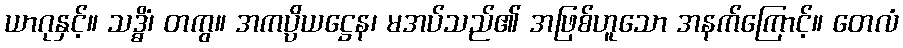
ယာဂုနှင့်။ သဒ္ဓိံ၊ တကွ။ အကပ္ပိယဋ္ဌေန၊ မအပ်သည်၏ အဖြစ်ဟူသော အနက်ကြောင့်။ တေလံ